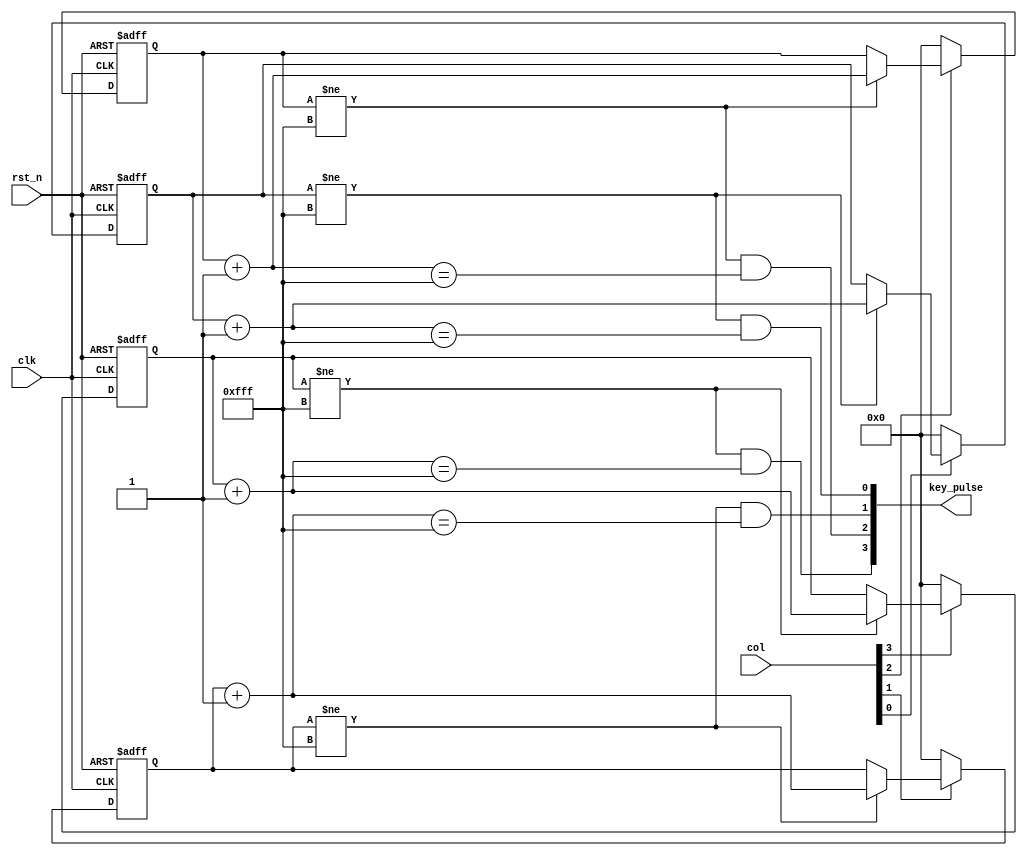
module keyboard(
    input           clk,
    input           rst_n,
    input  [3 : 0]  col, // column input, 1 enable
    output [3 : 0]  key_pulse // if key pushed, output 1
);

reg  [11 : 0] treg0; // tmp reg
reg  [11 : 0] treg1; // tmp reg
reg  [11 : 0] treg2; // tmp reg
reg  [11 : 0] treg3; // tmp reg
wire [11 : 0] treg0_nxt = treg0 + 1'b1; // tmp reg next val
wire [11 : 0] treg1_nxt = treg1 + 1'b1; // tmp reg next val
wire [11 : 0] treg2_nxt = treg2 + 1'b1; // tmp reg next val
wire [11 : 0] treg3_nxt = treg3 + 1'b1; // tmp reg next val

// when tregx = 12'hffe and tregx_nxt = 12'hfff
// key_pulse will be 1
// then, tregx will be 12'hfff
// when tregx == 12'hfff, it will keep until keyboard not pushed
always @ (posedge clk or negedge rst_n) begin
    if (~rst_n) begin
        treg0 <= 12'b0;
        treg1 <= 12'b0;
        treg2 <= 12'b0;
        treg3 <= 12'b0;
    end
    else begin
        if (col[0]) begin 
            if (treg0 != 12'hfff) // if treg0 == 12'hfff, it will keep until keyboard not pushed
                treg0 <= treg0_nxt;
        end
        else begin
            treg0 <= 12'b0;
        end

        if (col[1]) begin
            if (treg1 != 12'hfff) // if treg1 == 12'hfff, it will keep until keyboard not pushed
                treg1 <= treg1_nxt;
        end
        else begin   
            treg1 <= 12'b0;
        end

        if (col[2]) begin
            if (treg2 != 12'hfff) // if treg2 == 12'hfff, it will keep until keyboard not pushed
                treg2 <= treg2_nxt;
        end
        else begin
            treg2 <= 12'b0;
        end

        if (col[3]) begin
            if (treg3 != 12'hfff) // if treg3 == 12'hfff, it will keep until keyboard not pushed
                treg3 <= treg3_nxt;
        end
        else begin        
            treg3 <= 12'b0;
        end
    end
end

assign key_pulse[3] = (treg3 != 12'hfff) & (treg3_nxt == 12'hfff); 
assign key_pulse[2] = (treg2 != 12'hfff) & (treg2_nxt == 12'hfff);
assign key_pulse[1] = (treg1 != 12'hfff) & (treg1_nxt == 12'hfff);
assign key_pulse[0] = (treg0 != 12'hfff) & (treg0_nxt == 12'hfff);

endmodule